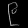
Digit: ၉